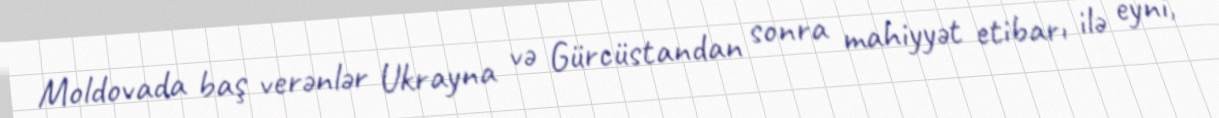
Moldovada baş verənlər Ukrayna və Gürcüstandan sonra mahiyyət etibarı ilə eyni,